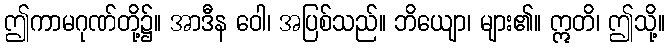
ဤကာမဂုဏ်တို့၌။ အာဒီန ဝေါ၊ အပြစ်သည်။ ဘိယျော၊ များ၏။ ဣတိ၊ ဤသို့။